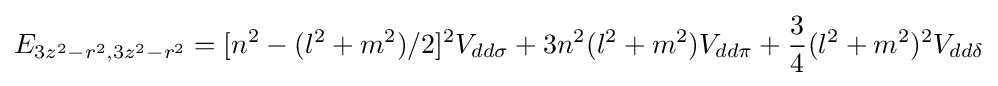
E_{3z^{2}-r^{2},3z^{2}-r^{2}}=[n^{2}-(l^{2}+m^{2})/2]^{2}V_{dd\sigma }+3n^{2}(l^{2}+m^{2})V_{dd\pi }+{\frac {3}{4}}(l^{2}+m^{2})^{2}V_{dd\delta }